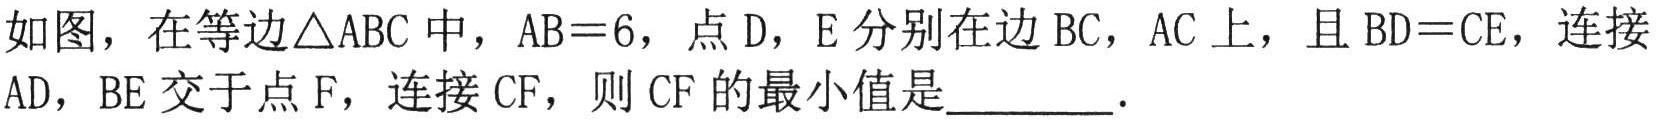
如图，在等边\(\triangle ABC\)中，\(AB = 6\)，点\(D\)，\(E\)分别在边\(BC\)，\(AC\)上，且\(BD = CE\)，连接\(AD\)，\(BE\)交于点\(F\)，连接\(CF\)，则\(CF\)的最小值是________．